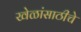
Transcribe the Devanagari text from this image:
खेळांसाठीचे